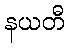
နယတီ